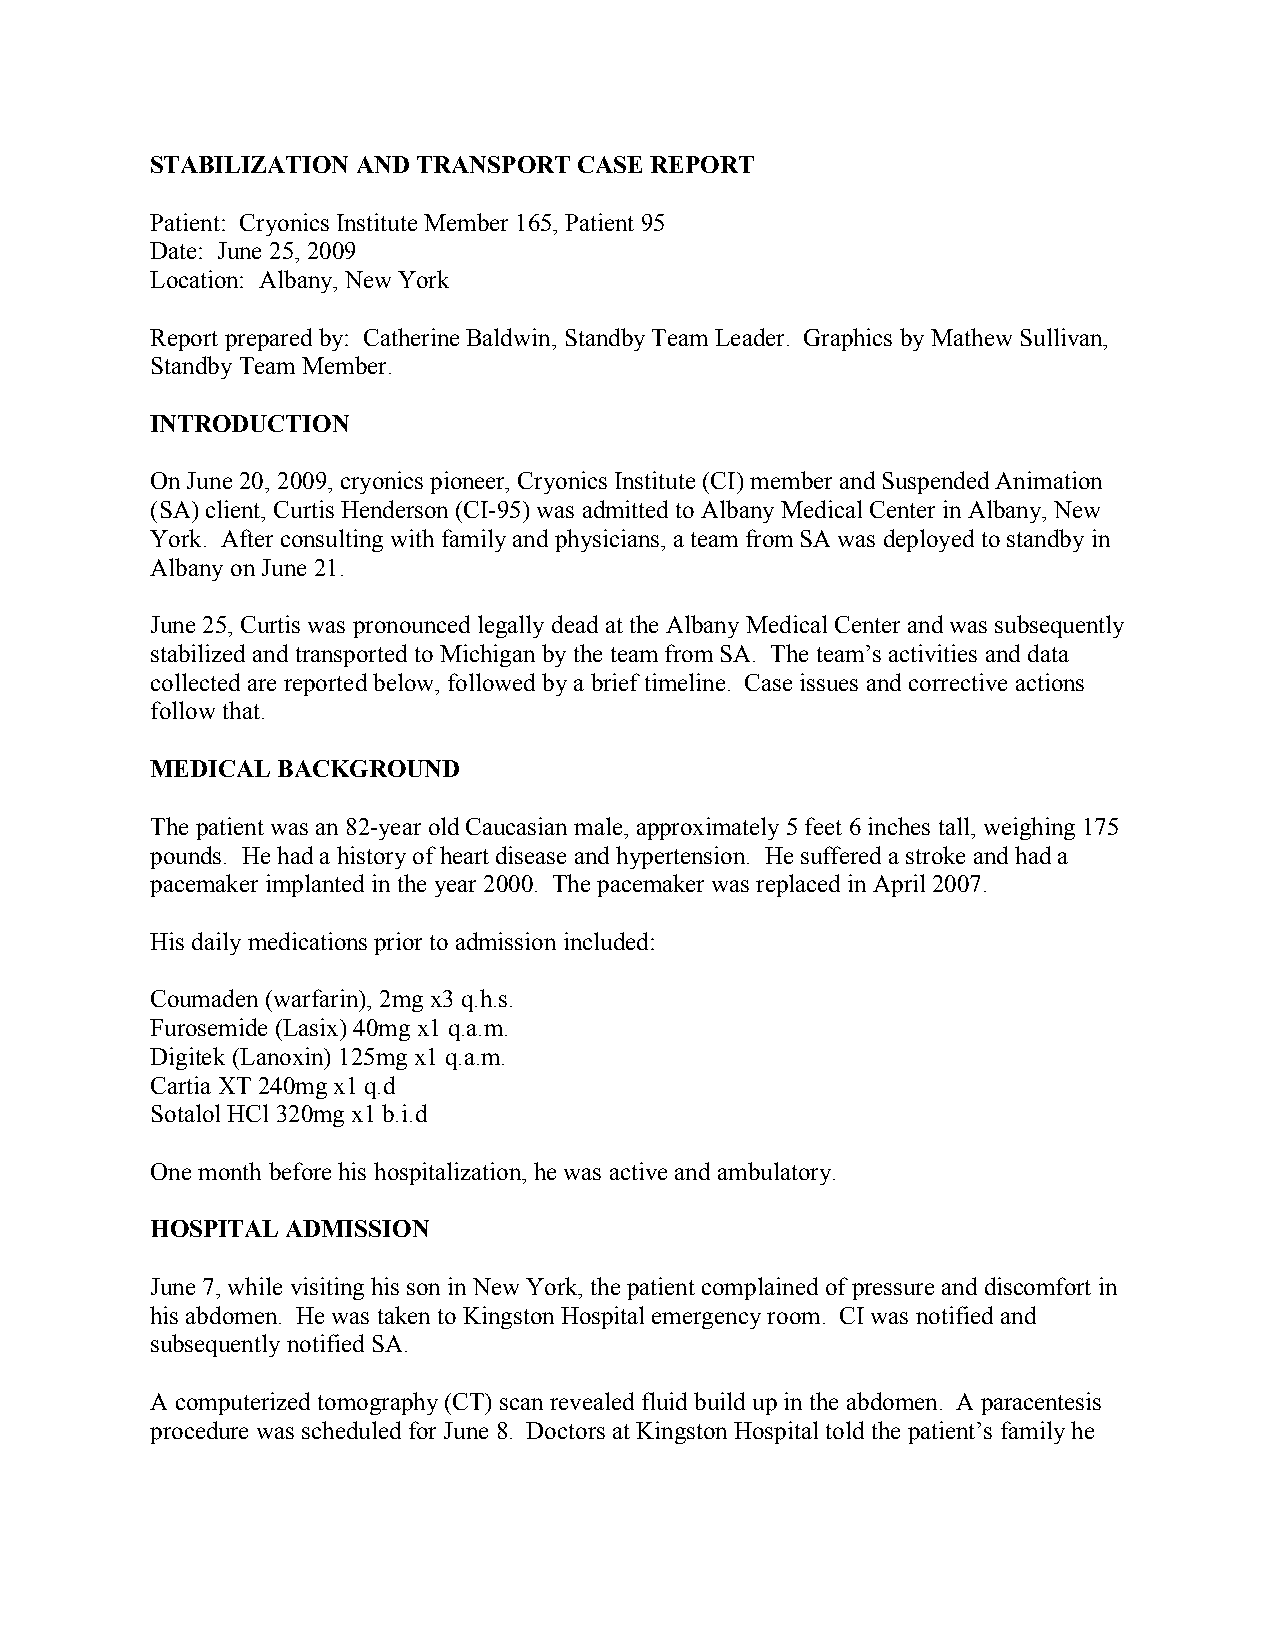
STABILIZATION AND TRANSPORT CASE REPORT
 Patient: Cryonics Institute Member 165, Patient 95
 Date: June 25, 2009
 Location: Albany, New York
 Report prepared by: Catherine Baldwin, Standby Team Leader. Graphics by Mathew Sullivan,
 Standby Team Member.
 INTRODUCTION
 On June 20, 2009, cryonics pioneer, Cryonics Institute (CI) member and Suspended Animation
 (SA) client, Curtis Henderson (CI-95) was admitted to Albany Medical Center in Albany, New
 York. After consulting with family and physicians, a team from SA was deployed to standby in
 Albany on June 21.
 June 25, Curtis was pronounced legally dead at the Albany Medical Center and was subsequently
 stabilized and transported to Michigan by the team from SA. The team’s activities and data
 collected are reported below, followed by a brief timeline. Case issues and corrective actions
 follow that.
 MEDICAL BACKGROUND
 The patient was an 82-year old Caucasian male, approximately 5 feet 6 inches tall, weighing 175
 pounds. He had a history of heart disease and hypertension. He suffered a stroke and had a
 pacemaker implanted in the year 2000. The pacemaker was replaced in April 2007.
 His daily medications prior to admission included:
 Coumaden (warfarin), 2mg x3 q.h.s.
 Furosemide (Lasix) 40mg x1 q.a.m.
 Digitek (Lanoxin) 125mg x1 q.a.m.
 Cartia XT 240mg x1 q.d
 Sotalol HCl 320mg x1 b.i.d
 One month before his hospitalization, he was active and ambulatory.
 HOSPITAL ADMISSION
 June 7, while visiting his son in New York, the patient complained of pressure and discomfort in
 his abdomen. He was taken to Kingston Hospital emergency room. CI was notified and
 subsequently notified SA.
 A computerized tomography (CT) scan revealed fluid build up in the abdomen. A paracentesis
 procedure was scheduled for June 8. Doctors at Kingston Hospital told the patient’s family he